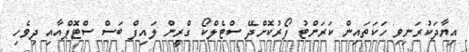
އިޔާދަކުރަނިވި ހަކަތައިން ކަރަންޓު ފޯރުކޮށްދޭ ސްޓެލްކޯ ގްރީން ލައިފް ބަސް ސްޓޮޕްއާއި ދިވެހި